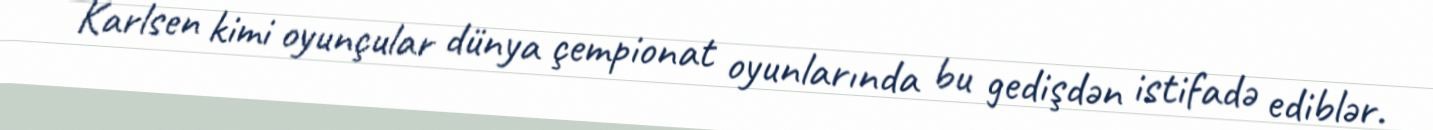
Karlsen kimi oyunçular dünya çempionat oyunlarında bu gedişdən istifadə ediblər.